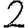
Digit: 2